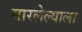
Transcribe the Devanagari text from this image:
मारलेल्‍याला